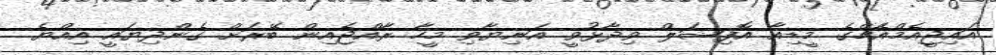
އައިޖީއެމްއެޗްގެ މީޑިއާ އޮފިޝަލް ވިދާޅުވީ އަނިޔާވި މީހާ ރާއްޖެއިން ބޭރަށް ގެންދިޔައީ އިއްޔެ